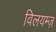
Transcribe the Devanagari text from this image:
विलयम्ज़